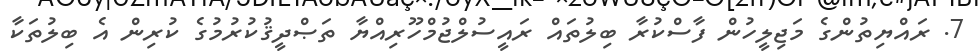
7. ރައްޔިތުންގެ މަޖިލީހުން ފާސްކުރާ ބިލުތައް ރައީސުލްޖުމްހޫރިއްޔާ ތަޞްދީޤުކުރުމުގެ ކުރިން އެ ބިލުތަކާ